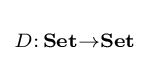
\scriptstyle {D:\,\mathbf {Set} \rightarrow \mathbf {Set} }